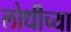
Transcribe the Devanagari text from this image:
लोधीच्या